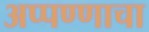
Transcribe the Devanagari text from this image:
अप्पण्णाचा